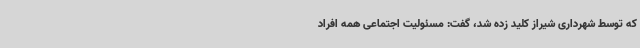
که توسط شهرداری شیراز کلید زده شد، گفت: مسئولیت اجتماعی همه افراد